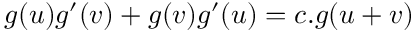
g ( u ) g ^ { \prime } ( v ) + g ( v ) g ^ { \prime } ( u ) = c . g ( u + v )